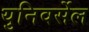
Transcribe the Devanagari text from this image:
युनिवर्सेल